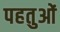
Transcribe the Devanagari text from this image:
पहतुओं